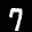
Label: 7